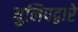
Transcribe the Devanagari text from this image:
युलिपद्वारे